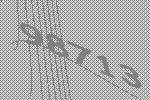
98713